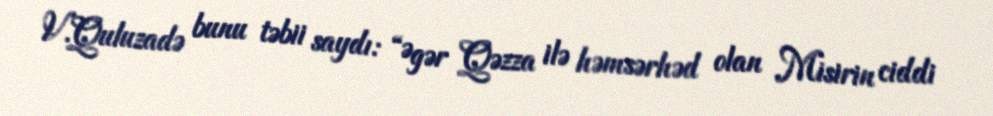
V.Quluzadə bunu təbii saydı: “Əgər Qəzza ilə həmsərhəd olan Misirin ciddi